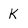
Character: k